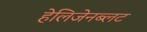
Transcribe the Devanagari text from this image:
हेलिजेनब्लट